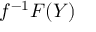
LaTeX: f ^ { - 1 } F ( Y )